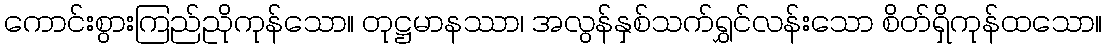
ကောင်းစွားကြည်ညိုကုန်သော။ တုဋ္ဌမာနဿာ၊ အလွန်နှစ်သက်ရွှင်လန်းသော စိတ်ရှိကုန်ထသော။